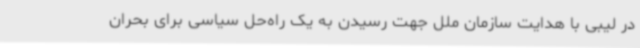
در لیبی با هدایت سازمان ملل جهت رسیدن به یک راه‌حل سیاسی برای بحران